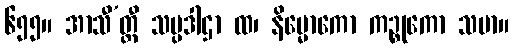
၆၅၅။ အာသီ’တ္ထီ သပ္ပဒါဌာ ထ၊ နိမ္မောကော ကဉ္စုကော သမာ။